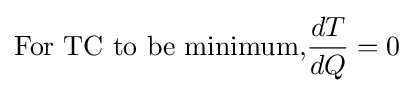
{\text{For TC to be minimum,}}{dT \over dQ}=0